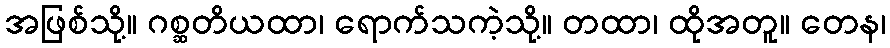
အဖြစ်သို့။ ဂစ္ဆတိယထာ၊ ရောက်သကဲ့သို့။ တထာ၊ ထိုအတူ။ တေန၊